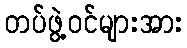
တပ်ဖွဲ့ဝင်များအား